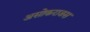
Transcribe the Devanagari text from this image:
असोकराजस